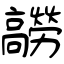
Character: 髝